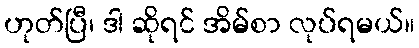
ဟုတ်ပြီ၊ ဒါ ဆိုရင် အိမ်စာ လုပ်ရမယ်။